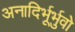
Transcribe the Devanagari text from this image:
अनादिर्भूर्भुवो